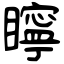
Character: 矃